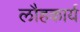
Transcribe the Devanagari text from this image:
लौहकार्य